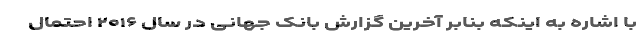
با اشاره به اینکه بنابر آخرین گزارش بانک جهانی در سال ۲۰۱۶ احتمال